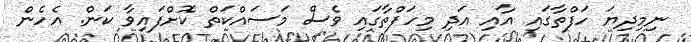
ނިމިދިޔަ ހަފްތާގައި އާއި އަދި މިހަފްތާގައި ވެސް މަސައްކަތް ކޮށްފައިވާ ކަން. އެހެން